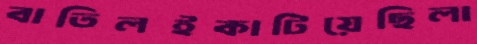
বাতিলইকাটিয়েছিলা